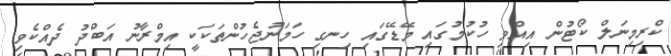
ކްރިމިނަލް ކޯޓުން އިއްވި ހުކުމުގައި މޭޑޭގައި ހިނގި ހަމަނުޖެހުންތަކަކީ އިމްރާނު އަބްދު ދެއްކެވި